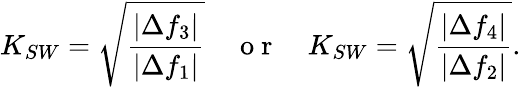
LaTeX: K_{SW}=\sqrt{\frac{\left|\Delta f_{3}\right|}{\left|\Delta f_{1}\right|}}\quad\mathrm{~o~r~}\quad K_{SW}=\sqrt{\frac{\left|\Delta f_{4}\right|}{\left|\Delta f_{2}\right|}}.